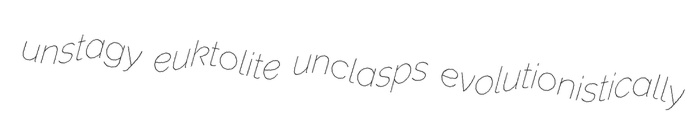
unstagy euktolite unclasps evolutionistically